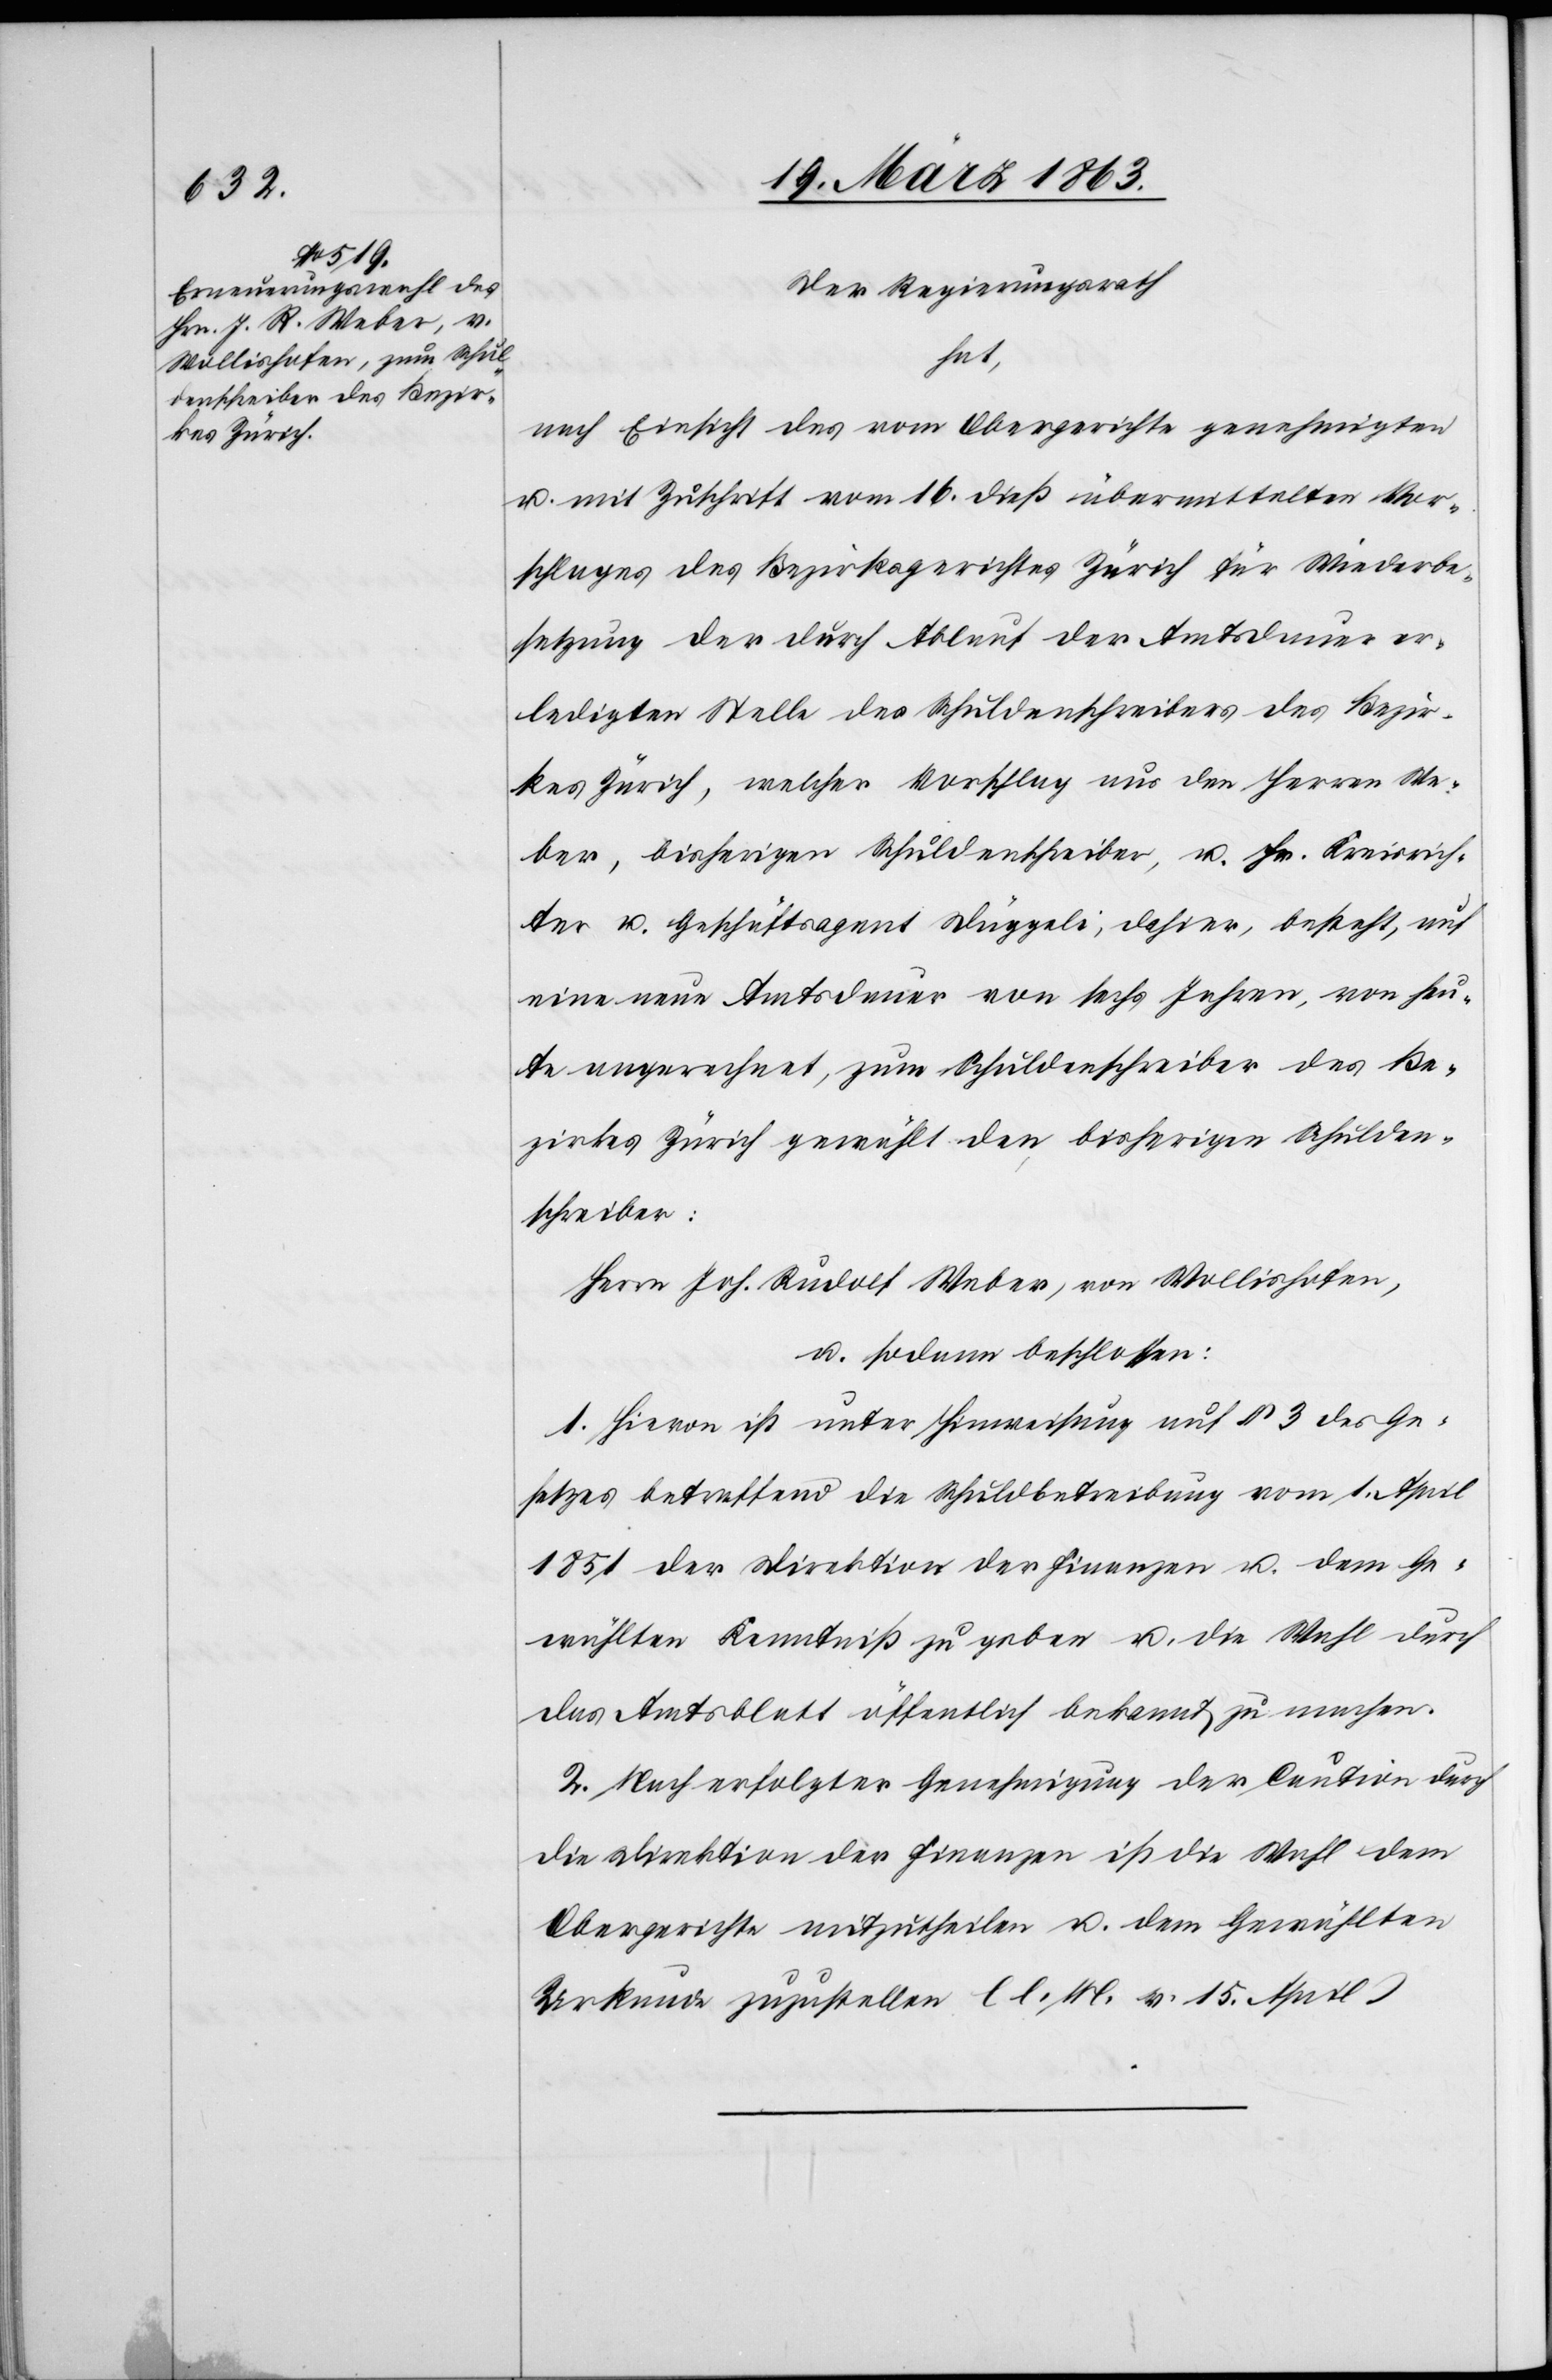
Der Regierungsrath
hat
nach Einsicht des vom Obergerichte genehmigten
u. mit Zuschrift vom 16. dieß übermittelten Vor¬
schlages des Bezirksgerichtes Zürich für Wiederbe¬
setzung der durch Ablauf der Amtsdauer er¬
ledigten Stelle des Schuldenschreibers des Bezir¬
kes Zürich, welcher Vorschlag aus den Herren We¬
ber, bisherigen Schuldenschreiber, u. Hr. Kreisrich¬
ter u. Geschäftsagent Düggeli, dahier, besteht, auf
eine neue Amtsdauer von sechs Jahren, von heu¬
te angerechnet, zum Schuldenschreiber des Be¬
zirkes Zürich gewählt den bisherigen Schulden¬
schreiber:
Herrn Joh. Rudolf Weber, von Wollishofen,
u. sodann beschlossen:
1. Hievon ist unter Hinweisung auf § 3 des Ge¬
setzes betreffend die Schuldbetreibung vom 1. April
1851 der Direktion der Finanzen u. dem Ge¬
wählten Kenntniß zu geben u. die Wahl durch
das Amtsblatt öffentlich bekannt zu machen.
2. Nach erfolgter Genehmigung der Caution durch
die Direktion der Finanzen ist die Wahl dem
Obergerichte mitzutheilen u. dem Gewählten
Urkunde zuzustellen. (l. M. v. 15. April)